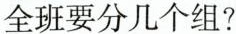
全班要分几个组?